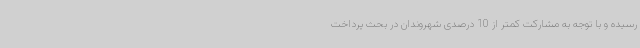
رسیده و با توجه به مشارکت کمتر از 10 درصدی شهروندان در بحث پرداخت